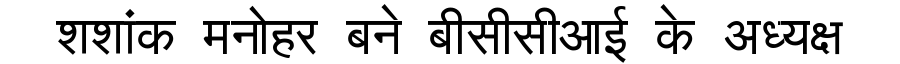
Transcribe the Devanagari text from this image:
शशांक मनोहर बने बीसीसीआई के अध्यक्ष